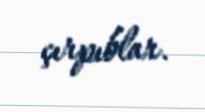
çırpıblar.